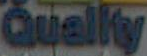
Quality